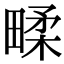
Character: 㽥